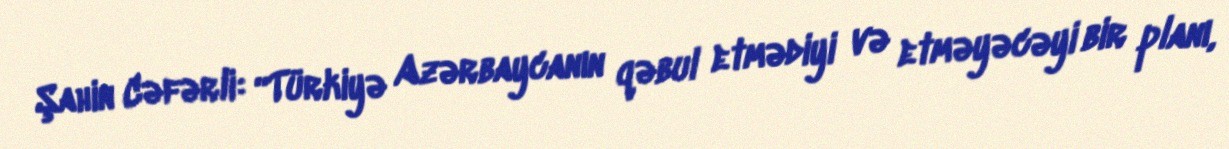
Şahin Cəfərli: “Türkiyə Azərbaycanın qəbul etmədiyi və etməyəcəyi bir planı,